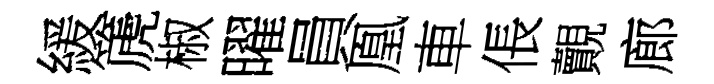
緩篪椒曜員凰車倀覿廊